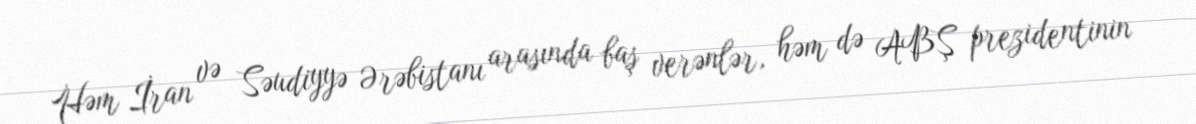
Həm İran və Səudiyyə Ərəbistanı arasında baş verənlər, həm də ABŞ prezidentinin